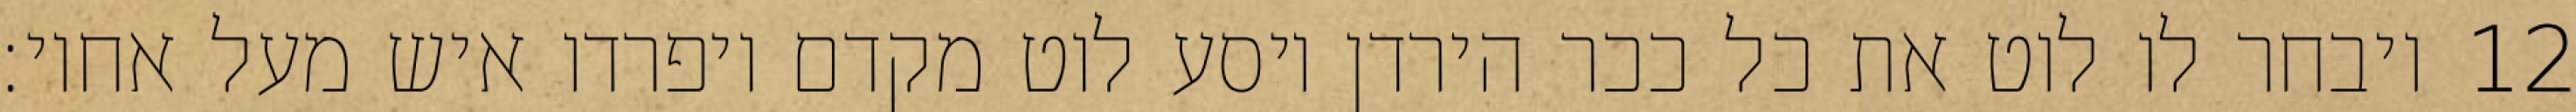
ויבחר לו לוט את כל ככר הירדן ויסע לוט מקדם ויפרדו איש מעל אחיו׃ ‎12‏